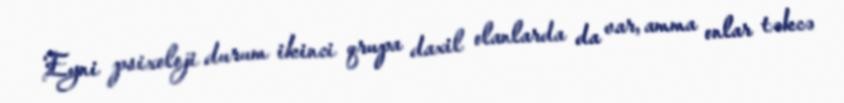
Eyni psixoloji durum ikinci qrupa daxil olanlarda da var, amma onlar təkcə